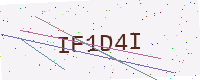
Text: IF1D4I